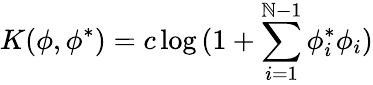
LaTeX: K(\phi,\phi^{*})=c\log{(1+\sum_{i=1}^{\mathbb{N}-1}\phi_{i}^{*}\phi_{i})}